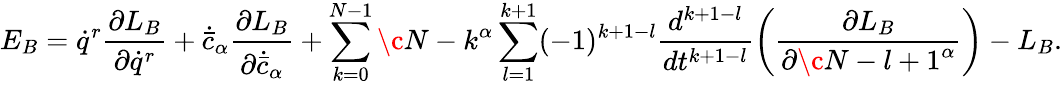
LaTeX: E_{B}=\dot{q}^{r}\frac{\partial L_{B}}{\partial\dot{q}^{r}}+\dot{\bar{c}}_{\alpha}\frac{\partial L_{B}}{\partial\dot{\bar{c}}_{\alpha}}+\sum_{k=0}^{N-1}\c{N-k}^{\alpha}\sum_{l=1}^{k+1}(-1)^{k+1-l}\frac{d^{k+1-l}}{dt^{k+1-l}}\left(\frac{\partial L_{B}}{\partial\c{N-l+1}^{\alpha}}\right)-L_{B}.